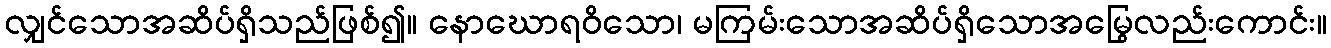
လျှင်သောအဆိပ်ရှိသည်ဖြစ်၍။ နောဃောရဝိသော၊ မကြမ်းသောအဆိပ်ရှိသောအမြွေလည်းကောင်း။